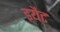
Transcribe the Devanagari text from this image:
इयैट